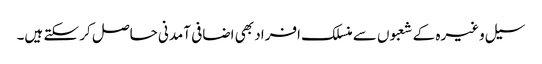
سیل وغیرہ کے شعبوں سے منسلک افراد بھی اضافی آمدنی حاصل کر سکتے ہیں۔